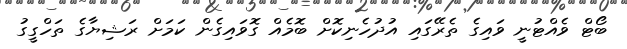
ބޯޓް ވެއްޓުނީ ވައިގެ ތެރޭގައި އުދުހެނިކޮށް ބޮމެއް ގޮވައިގެން ކަމަށް ރަޝިޔާގެ ތަހްގީގު